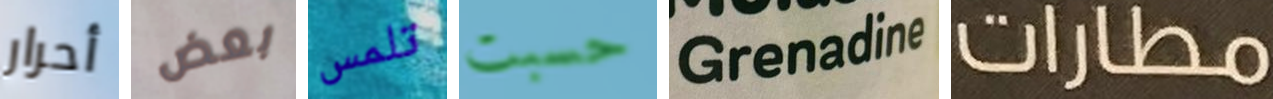
أحرار بعض تلمس حسبت Grenadine مطارات